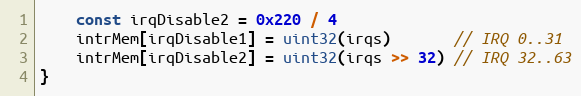
Language: Go
	const irqDisable2 = 0x220 / 4
	intrMem[irqDisable1] = uint32(irqs)       // IRQ 0..31
	intrMem[irqDisable2] = uint32(irqs >> 32) // IRQ 32..63
}